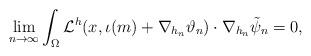
LaTeX: \begin{align*} \lim_{n\to \infty}\int_{\Omega} \mathcal{L}^h (x, \iota(m)+\nabla_{h_n} \vartheta_n) \cdot \nabla_{h_n} \tilde{\psi}_n =0, \end{align*}